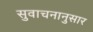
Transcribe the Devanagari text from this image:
सुवाचनानुसार